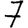
Digit: 7